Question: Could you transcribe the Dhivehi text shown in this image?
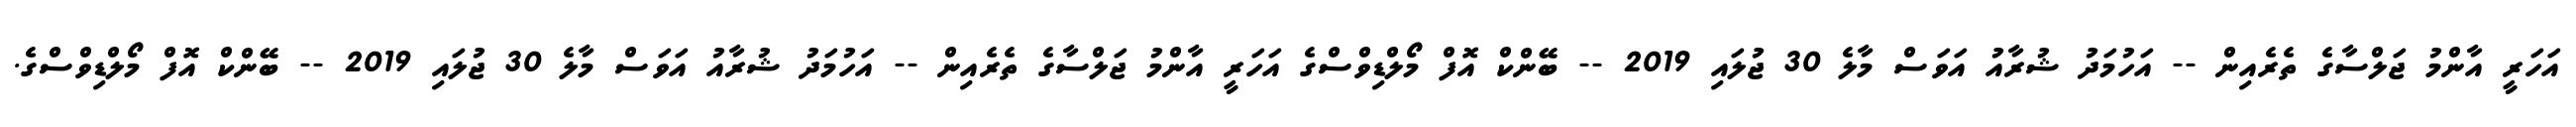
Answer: އަހަރީ އާންމު ޖަލްސާގެ ތެރެއިން -- އަހުމަދު ޝުރާއު އަވަސް މާލެ 30 ޖުލައި 2019 -- ބޭންކް އޮފް މޯލްޑިވްސްގެ އަހަރީ އާންމު ޖަލްސާގެ ތެރެއިން -- އަހުމަދު ޝުރާއު އަވަސް މާލެ 30 ޖުލައި 2019 -- ބޭންކް އޮފް މޯލްޑިވްސްގެ.